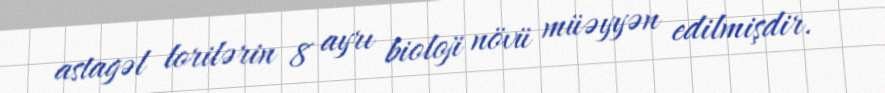
astagəl lorilərin 8 ayrı bioloji növü müəyyən edilmişdir.